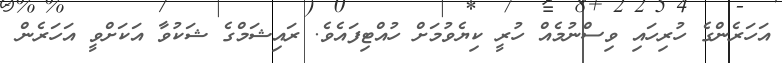
އަހަރެންގެ ހުރިހައި ވިސްނުމެއް ހުރީ ކިޔެވުމަށް ހުއްޓިފައެވެ. ރައިޝަމްގެ ޝަކުވާ އަކަށްވީ އަހަރެން